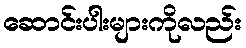
ဆောင်းပါးများကိုလည်း